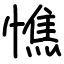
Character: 憔